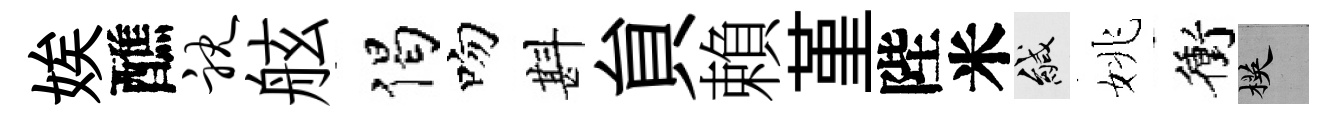
娭醮耽舷偈吻斟貟賴堇陛米緘姚衝楧